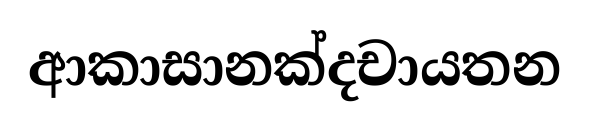
ආකාසානක්දචායතන